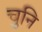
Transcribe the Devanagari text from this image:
चुनि